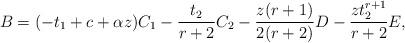
LaTeX: \begin{align*} B= (-t_{1} +c+ \alpha z) C_{1} -\frac{t_{2}}{r+2}C_{2} -\frac{z(r+1)}{2(r+2)}D -\frac{ zt_{2}^{r+1}}{r+2} E, \end{align*}